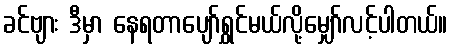
ခင်ဗျား ဒီမှာ နေရတာပျော်ရွှင်မယ်လို့မျှော်လင့်ပါတယ်။